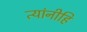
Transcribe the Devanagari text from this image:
त्यांनीहि